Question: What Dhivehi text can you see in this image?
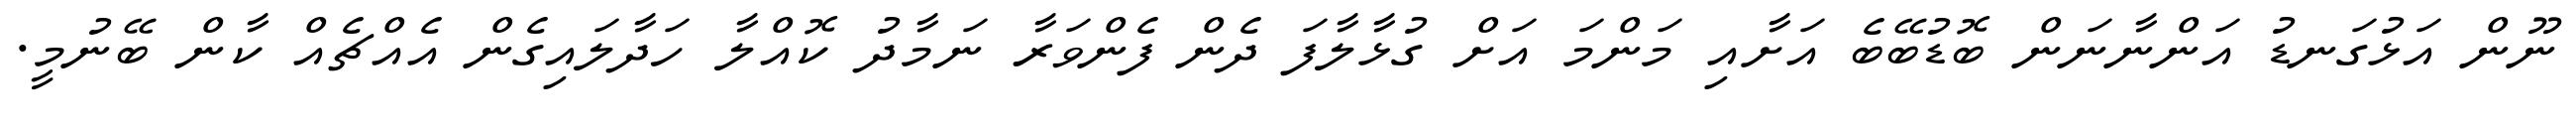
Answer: ނޫން އަޅުގަނޑު އަންނާނަން ބޮޑުބޭބެ އަށާއި މަންމަ އަށް ގުޅާލާފަ ދެން ފެންވަރާ ނަމާދު ކޮއްލާ ހަދާލައިގެން އެއްޗެއް ކާން ބޭނުމީ.